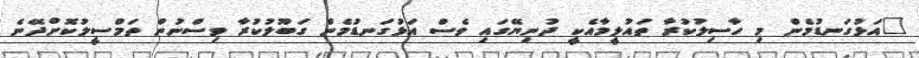
"އަޅުގަނޑުމެން މި ހާސިލުކުރާ ތައުލީމާއެކީ ދުނިޔޭގައި ވެސް އަޅުގަނޑުމެން ގަބޫލުކުރާ ވިސްނުން ތަމްސީލުކޮށްދޭނެ